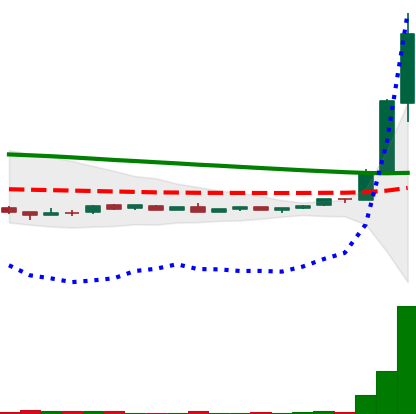
Ticker: DOGE-USD
Chart end date: 2018-09-01
Forward return: -20.198%
Label: down_7plus